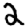
Digit: 2